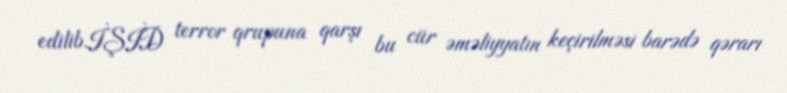
edilib.İŞİD terror qrupuna qarşı bu cür əməliyyatın keçirilməsi barədə qərarı